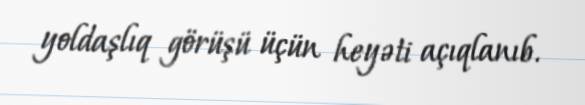
yoldaşlıq görüşü üçün heyəti açıqlanıb.